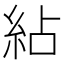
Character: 𥿕